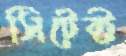
সিটেক্ট